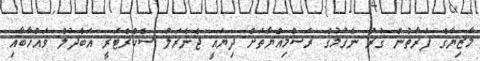
މާޒިޔާގެ ފަރާތުން ގުރު ނެގުމުގެ ރަސްމިއްޔާތަށް ދިޔައީ ޖެނެރަލް ސެކްރެޓަރީ އަބްދުލް ވައްހާބާއި